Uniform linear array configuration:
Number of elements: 64
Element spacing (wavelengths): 0.25
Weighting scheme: hann
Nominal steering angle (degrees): -15
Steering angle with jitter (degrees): -16.197
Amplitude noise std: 0.05
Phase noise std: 0.05

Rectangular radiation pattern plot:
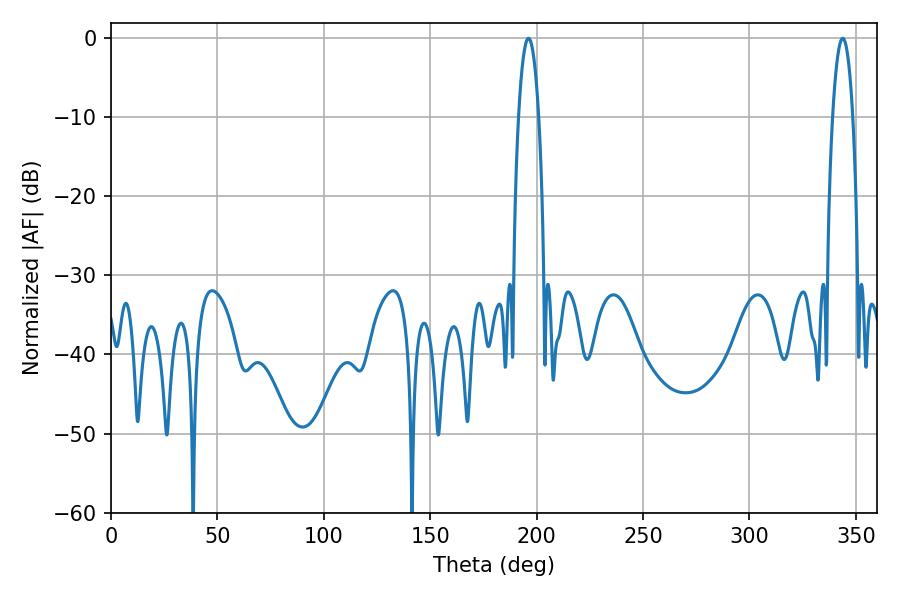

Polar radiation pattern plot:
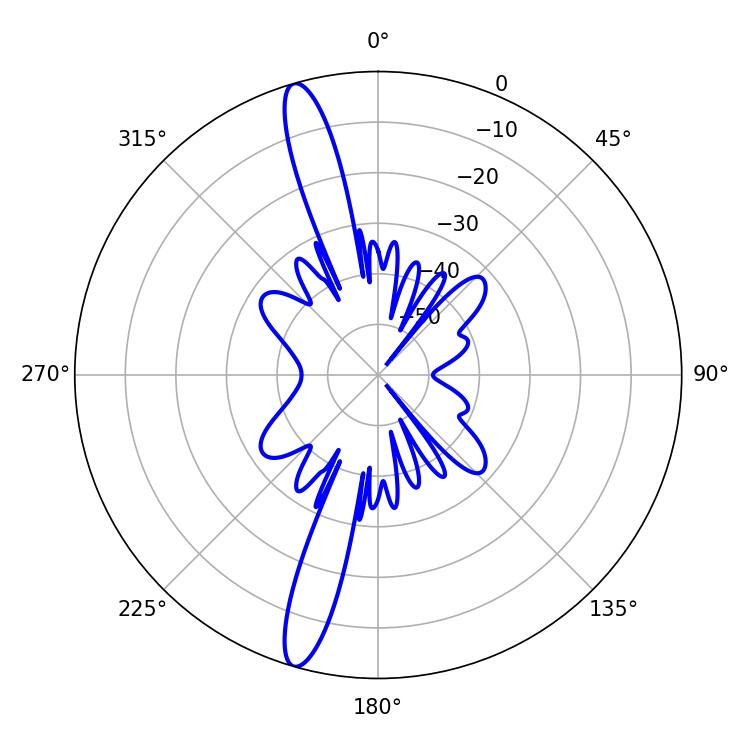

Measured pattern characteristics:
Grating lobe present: FALSE
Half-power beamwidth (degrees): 5.4
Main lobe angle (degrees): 343.8